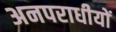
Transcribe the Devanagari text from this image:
अनपराधीयों